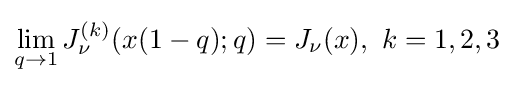
\lim _{q\to 1}J_{\nu }^{(k)}(x(1-q);q)=J_{\nu }(x),\ k=1,2,3